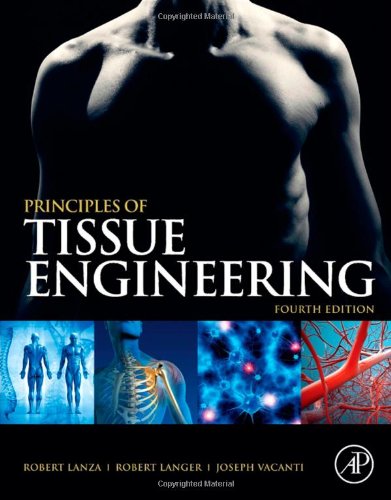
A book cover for Principles of Tissue Engineering, 4th Edition; Medical Books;